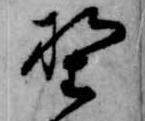
野